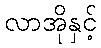
လာအိုနှင့်